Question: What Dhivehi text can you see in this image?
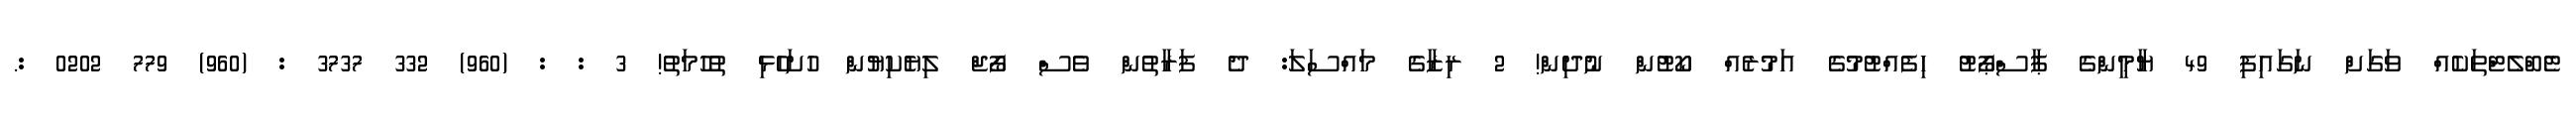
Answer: ޓެބްލެޓްތަކެއް ވަގަށް ނަގައިފި 49 ޔާމީންގެ ޕާސްޕޯޓު ހިފެއްޓުމުގެ އަމުރެއް ކޯޓުން ނުދިން! 2 ރިޒާގެ މައްސަލަ: ދެ ފަރާތުން ވެސް ފޯޖް ލިޔެކިޔުން ހުށަހެޅި ތުހުމަތު! 3 : : (960) 332 3737 : (960) 779 0202 :.